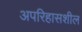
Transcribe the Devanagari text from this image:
अपरिहासशील